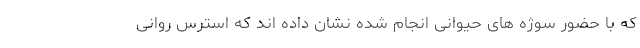
که با حضور سوژه های حیوانی انجام شده نشان داده اند که استرس روانی